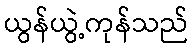
ယွန်ယွဲ့ကုန်သည်